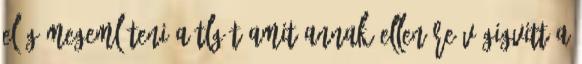
elég megemlíteni a TLG-t amit annak ellenére végigvitt a